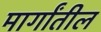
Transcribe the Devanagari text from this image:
मार्गांतील